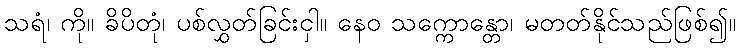
သရံ၊ ကို။ ခိပိတုံ၊ ပစ်လွှတ်ခြင်းငှါ။ နေဝ သက္ကောန္တော၊ မတတ်နိုင်သည်ဖြစ်၍။